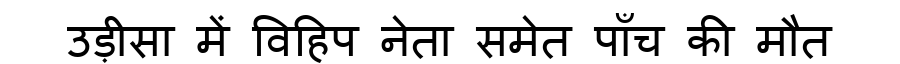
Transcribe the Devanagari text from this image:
उड़ीसा में विहिप नेता समेत पाँच की मौत